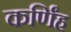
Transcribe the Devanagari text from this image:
कर्णिंह